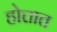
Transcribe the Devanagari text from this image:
होत्तात